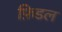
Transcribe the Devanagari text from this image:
फ़िडल